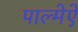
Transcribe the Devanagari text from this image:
पाल्मेऐ